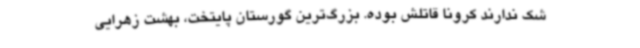
شک ندارند کرونا قاتلش بوده. بزرگ‌ترین گورستان پایتخت، بهشت زهرایی